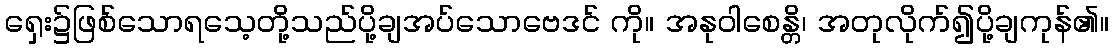
ရှေး၌ဖြစ်သောရသေ့တို့သည်ပို့ချအပ်သောဗေဒင် ကို။ အနုဝါစေန္တိ၊ အတုလိုက်၍ပို့ချကုန်၏။